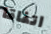
اتفاقا